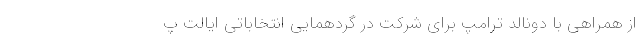
از همراهی با دونالد ترامپ برای شرکت در گردهمایی انتخاباتی ایالت پ